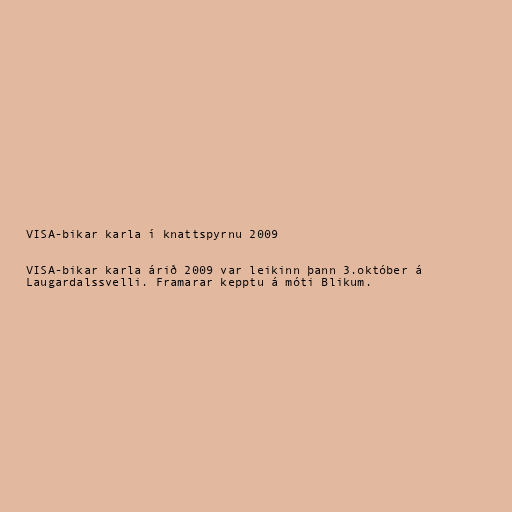
VISA-bikar karla í knattspyrnu 2009

VISA-bikar karla árið 2009 var leikinn þann 3.október á
Laugardalssvelli. Framarar kepptu á móti Blikum.